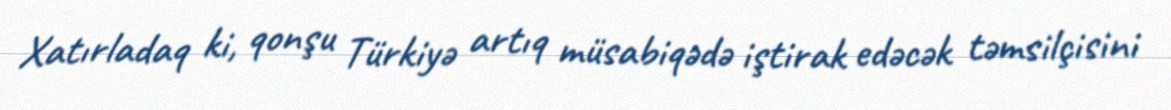
Xatırladaq ki, qonşu Türkiyə artıq müsabiqədə iştirak edəcək təmsilçisini